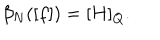
\beta _ { N } ( [ f ] ) = [ H ] _ { Q } .